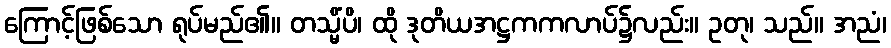
ကြောင့်ဖြစ်သော ရုပ်မည်၏။ တသ္မိံပိ၊ ထို ဒုတိယအဋ္ဌကကလာပ်၌လည်း။ ဥတု၊ သည်။ အညံ၊